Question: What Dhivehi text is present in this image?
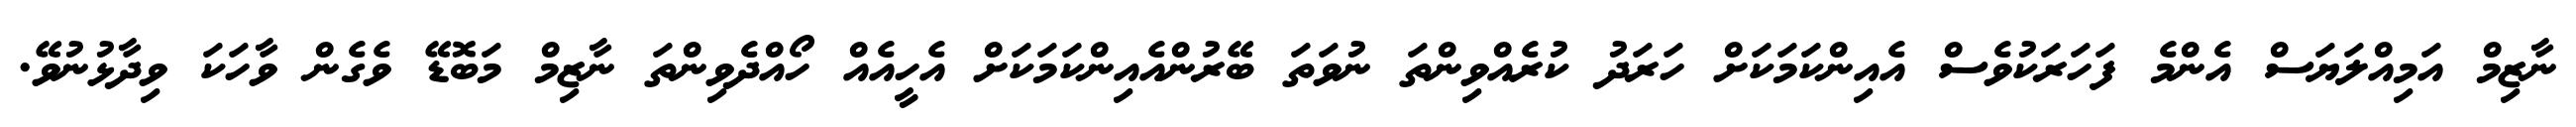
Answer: ނާޒިމް އަމިއްލަޔަސް އެންމެ ފަހަރަކުވެސް އެއިންކަމަކަށް ހަރަދު ކުރެއްވިންތަ ނުވަތަ ބޭރުންއެއިންކަމަކަށް އެހީއެއް ހޯއްދެވިންތަ ނާޒިމް މަބޮޑޭ ވެގެން ވާހަކަ ވިދާޅުނުވޭ.